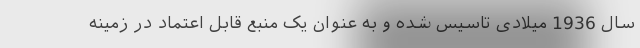
سال 1936 میلادی تاسیس شده و به عنوان یک منبع قابل اعتماد در زمینه